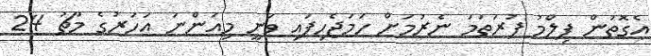
އެގޮތުން ފިލްމު ފުރަތަމަ ނެރުމަށް ހަމަޖެހިފައި ވަނީ މިއަންނަ އަހަރުގެ މާޗު 24